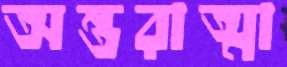
অন্তরাত্মা